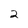
Character: 2